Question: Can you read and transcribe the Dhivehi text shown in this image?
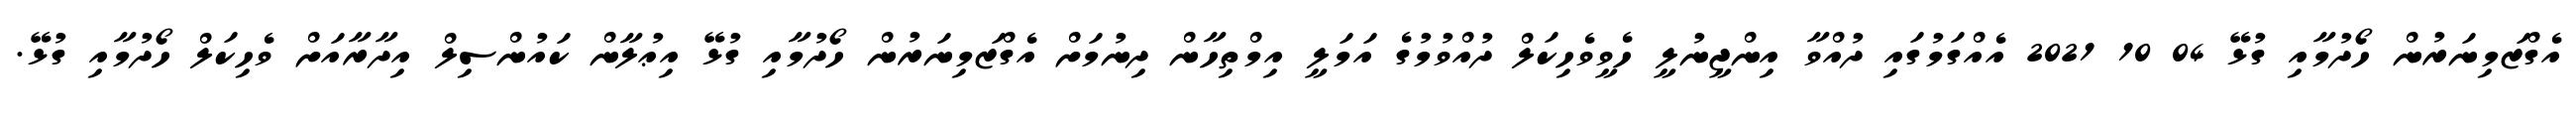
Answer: އެގްޒަމިނަރުން ހޯދުމާއި ގުޅޭ 04 10 2021 އެއްގަމުގައި ދުއްވާ އިންޖީނުލީ ހެވީވެހިކަލް ދުއްވުމުގެ އަމަލީ އިމްތިހާން ދިނުމަށް އެގްޒަމިނަރުން ހޯދުމާއި ގުޅޭ އިޢުލާން ކައުންސިލް އިދާރާއަށް ވެހިކަލް ހޯދުމާއި ގުޅޭ.